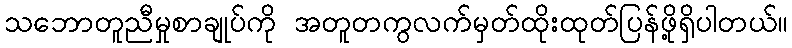
သဘောတူညီမှုစာချုပ်ကို အတူတကွလက်မှတ်ထိုးထုတ်ပြန်ဖို့ရှိပါတယ်။